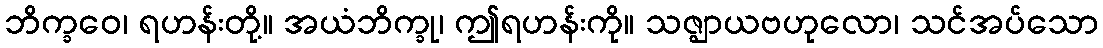
ဘိက္ခဝေ၊ ရဟန်းတို့။ အယံဘိက္ခု၊ ဤရဟန်းကို။ သဇ္ဈာယဗဟုလော၊ သင်အပ်သော